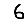
Digit: 6